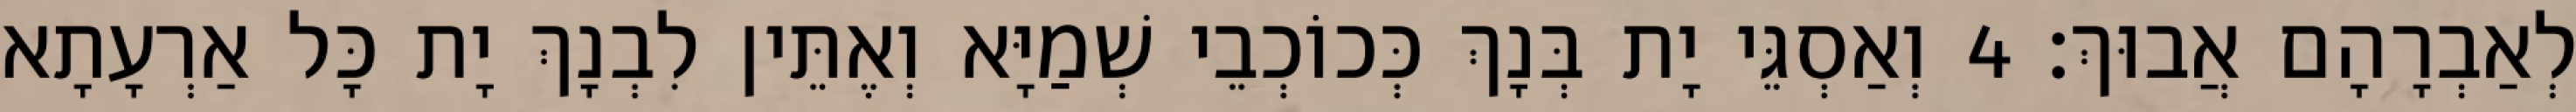
לְאַבְרָהָם אֲבוּךְ׃ 4 וְאַסְגֵּי יָת בְּנָךְ כְּכוֹכְבֵי שְׁמַיָּא וְאֶתֵּין לִבְנָךְ יָת כָּל אַרְעָתָא